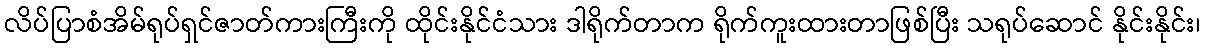
လိပ်ပြာစံအိမ်ရုပ်ရှင်ဇာတ်ကားကြီးကို ထိုင်းနိုင်ငံသား ဒါရိုက်တာက ရိုက်ကူးထားတာဖြစ်ပြီး သရုပ်ဆောင် နိုင်းနိုင်း၊